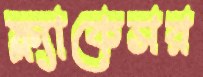
ফ্ল্যাকেসর